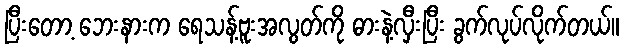
ပြီးတော့ ဘေးနားက ရေသန့်ဗူးအလွတ်ကို ဓားနဲ့လှီးပြီး ခွက်လုပ်လိုက်တယ်။